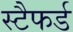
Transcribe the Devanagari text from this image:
स्टैफर्ड